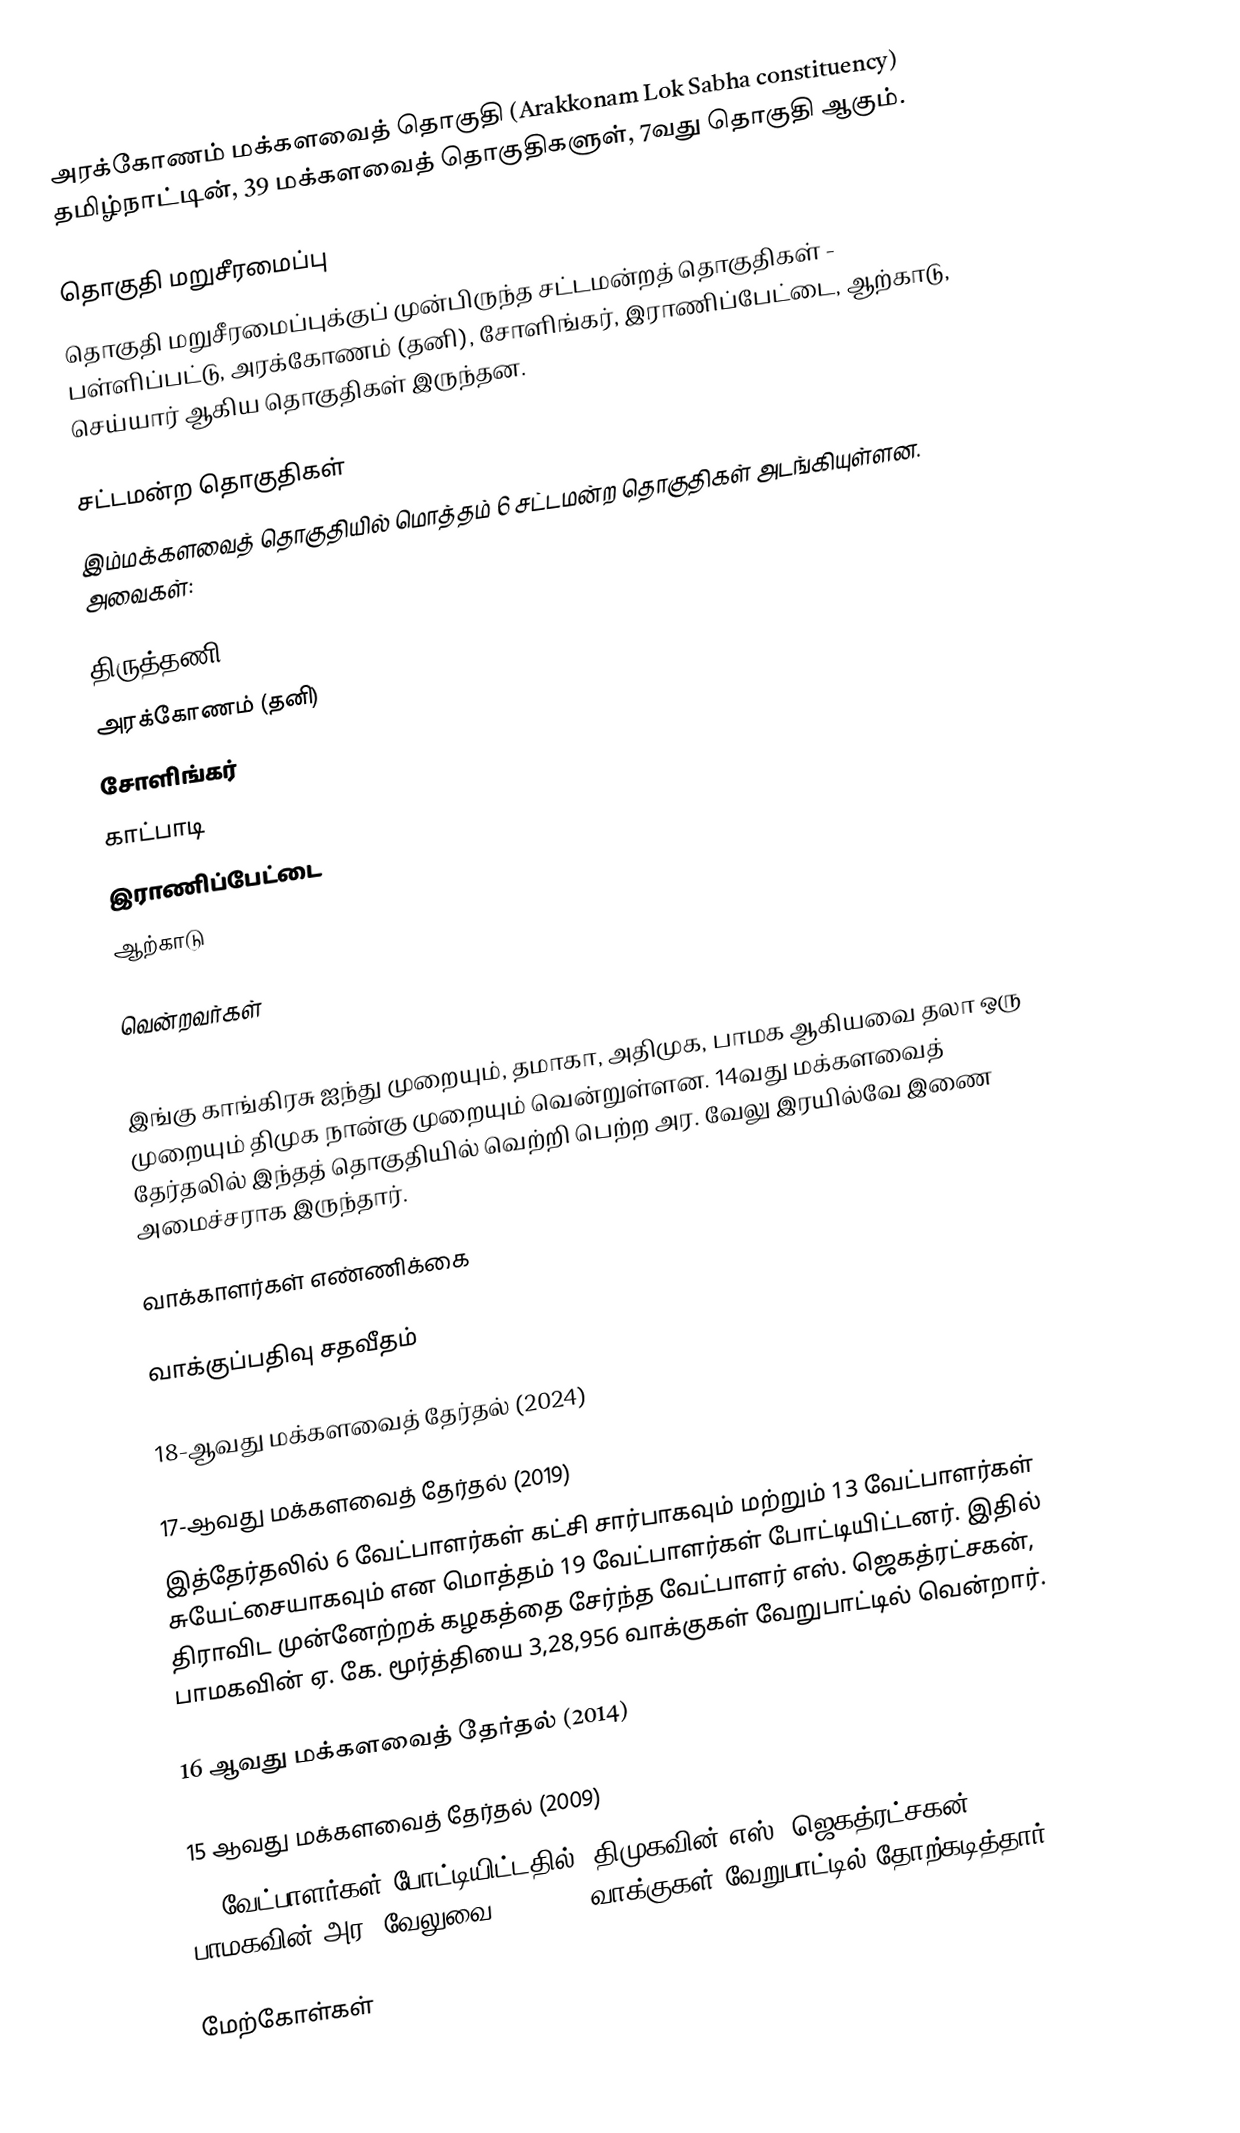
அரக்கோணம் மக்களவைத் தொகுதி (Arakkonam Lok Sabha constituency) தமிழ்நாட்டின், 39 மக்களவைத் தொகுதிகளுள், 7வது தொகுதி ஆகும்.

தொகுதி மறுசீரமைப்பு
தொகுதி மறுசீரமைப்புக்குப் முன்பிருந்த சட்டமன்றத் தொகுதிகள் - பள்ளிப்பட்டு, அரக்கோணம் (தனி), சோளிங்கர், இராணிப்பேட்டை, ஆற்காடு, செய்யார் ஆகிய தொகுதிகள் இருந்தன.

சட்டமன்ற தொகுதிகள்
இம்மக்களவைத் தொகுதியில் மொத்தம் 6 சட்டமன்ற தொகுதிகள் அடங்கியுள்ளன. அவைகள்:

 திருத்தணி
 அரக்கோணம் (தனி)
 சோளிங்கர்
 காட்பாடி
 இராணிப்பேட்டை
 ஆற்காடு

வென்றவர்கள்

இங்கு காங்கிரசு ஐந்து முறையும், தமாகா, அதிமுக, பாமக ஆகியவை தலா ஒரு முறையும் திமுக நான்கு முறையும் வென்றுள்ளன. 14வது மக்களவைத் தேர்தலில் இந்தத் தொகுதியில் வெற்றி பெற்ற அர. வேலு இரயில்வே இணை அமைச்சராக இருந்தார்.

வாக்காளர்கள் எண்ணிக்கை

வாக்குப்பதிவு சதவீதம்

18-ஆவது மக்களவைத் தேர்தல் (2024)

17-ஆவது மக்களவைத் தேர்தல் (2019)
இத்தேர்தலில் 6 வேட்பாளர்கள் கட்சி சார்பாகவும் மற்றும் 13 வேட்பாளர்கள் சுயேட்சையாகவும் என மொத்தம் 19 வேட்பாளர்கள் போட்டியிட்டனர். இதில் திராவிட முன்னேற்றக் கழகத்தை சேர்ந்த வேட்பாளர் எஸ். ஜெகத்ரட்சகன், பாமகவின் ஏ. கே. மூர்த்தியை 3,28,956 வாக்குகள் வேறுபாட்டில் வென்றார்.

16 ஆவது மக்களவைத் தேர்தல் (2014)

15 ஆவது மக்களவைத் தேர்தல் (2009)
20 வேட்பாளர்கள் போட்டியிட்டதில், திமுகவின் எஸ். ஜெகத்ரட்சகன், பாமகவின் அர. வேலுவை, 109,796 வாக்குகள் வேறுபாட்டில் தோற்கடித்தார்.

மேற்கோள்கள்